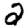
Digit: 2